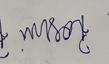
Signature authenticity: forged